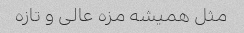
مثل همیشه مزه عالی و تازه